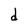
Character: d